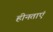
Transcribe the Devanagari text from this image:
हीनताएं